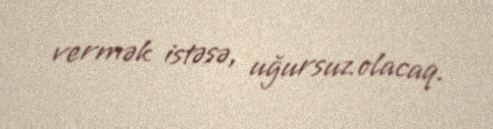
vermək istəsə, uğursuz olacaq.